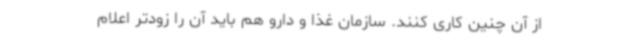
از آن چنین کاری کنند. سازمان غذا و دارو هم باید آن را زودتر اعلام